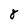
Character: 8